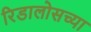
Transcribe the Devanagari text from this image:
रिडालोसच्या